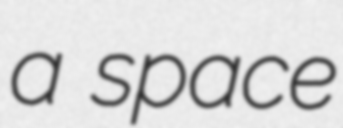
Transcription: a space